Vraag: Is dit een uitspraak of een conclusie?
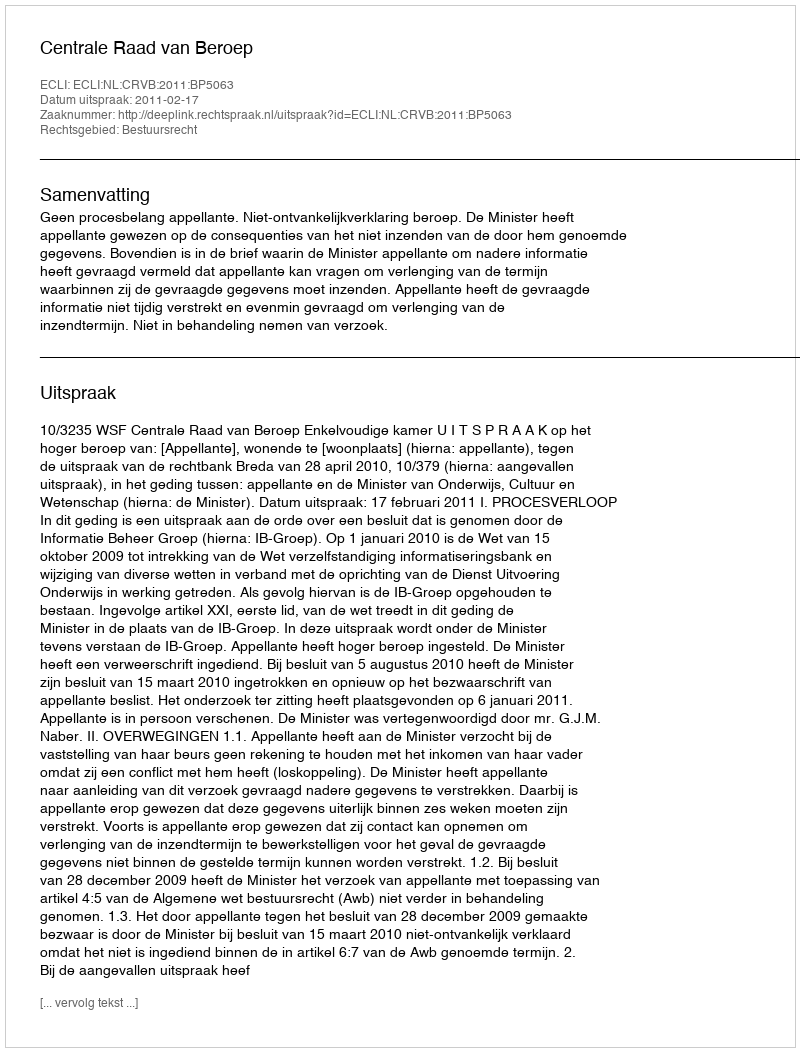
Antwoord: Uitspraak